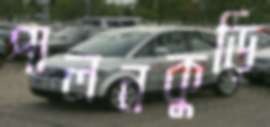
পালনকুড়ি